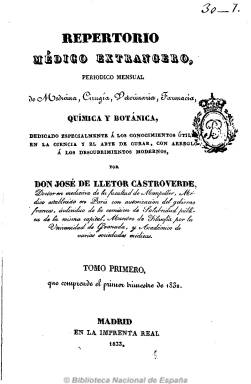
Título: Repertorio médico extrangero
Otros títulos: Repertorio médico extranjero
Colección: Medicina
Ámbito geográfico: Madrid
Lugar de publicación: Madrid
Fechas: 01/01/1832-31/03/1834

Es un “periódico mensual de Medicina, Cirugía, Veterinaria, Farmacia, Química y Botánica, dedicado especialmente a los conocimientos útiles en la ciencia y el arte de curar, con arreglo a los descubrimientos modernos”, tal como reza el subtítulo.

Cuando el moderado Francisco Cea Bermúdez (1779-1850) sustituye al ultraservil Carlomarde (1773-1842) al final del reinado de Fernando VII, reabre las universidades españolas, renace la actividad científica y promulga una amnistía política para que los liberales españoles puedan regresar de su exilio, y este puede ser el caso del doctor José de Llétor Castroverde, que venía redactando desde París pero impreso en Madrid sus Cartas médico-quirúrgicas (1830-1831), y que reemplaza por este Repertorio… que es estampado en la Imprenta Real, de Madrid, y aunque data el prospecto en París, puede que lo siguiera redactando después en España.

Llétor lleva a cabo una compilación de artículos que se publican en Europa y publica también discusiones académicas, noticias varias y artículos de medicina práctica, de clínica quirúrgica, métodos curativos, etc., desde una óptica científica moderna.

La publicación, que no se editó en 1833, forma cinco tomos de unas cuatrocientas páginas cada uno y cuenta con índices.